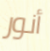
أنور